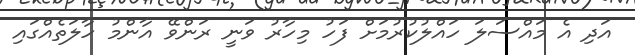
އަދި އެ މައްސަލަ ހައްލުކުރުމަށް ފަހު މިހާރު ވަނީ ރަންވޭ އާންމު ހާލަތެއްގައި